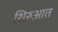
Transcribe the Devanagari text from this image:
शिरुआत